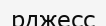
рджесс